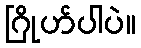
ဂြိုဟ်ပါပဲ။